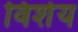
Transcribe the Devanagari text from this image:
विशेय